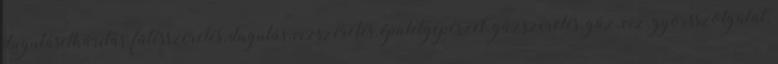
duguláselhárítás, fűtésszerelés, dugulás, vízszerelés, épületgépészet, gázszerelés, gáz, víz, gyorsszolgálat,